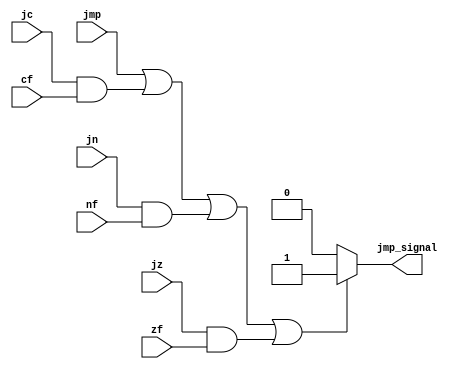
module handle_jumps (jmp, jc, cf, jn, nf, jz, zf, jmp_signal);
input wire jmp, jc, cf, jn, nf, jz, zf;
output wire jmp_signal;

assign jmp_signal = (jmp == 1'b1 || (jc & cf) || (jn & nf) || (jz & zf)) ? 1 : 0;


endmodule